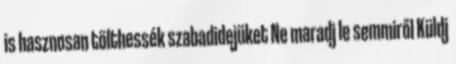
is hasznosan tölthessék szabadidejüket Ne maradj le semmiről Küldj